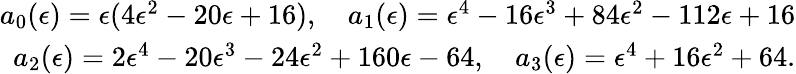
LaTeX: \begin{array}{r}{a_{0}(\epsilon)=\epsilon(4\epsilon^{2}-20\epsilon+16),\quad a_{1}(\epsilon)=\epsilon^{4}-16\epsilon^{3}+84\epsilon^{2}-112\epsilon+16}\\ {a_{2}(\epsilon)=2\epsilon^{4}-20\epsilon^{3}-24\epsilon^{2}+160\epsilon-64,\quad a_{3}(\epsilon)=\epsilon^{4}+16\epsilon^{2}+64.}\end{array}